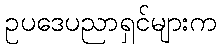
ဥပဒေပညာရှင်များက